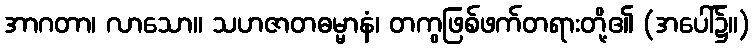
အာဂတာ၊ လာသော။ သဟဇာတဓမ္မာနံ၊ တကွဖြစ်ဖက်တရားတို့၏ (အပေါ်၌။)